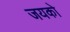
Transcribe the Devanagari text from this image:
जयको